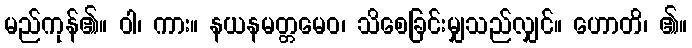
မည်ကုန်၏။ ဝါ၊ ကား။ နယနမတ္တမေဝ၊ သိစေခြင်းမျှသည်လျှင်။ ဟောတိ၊ ၏။